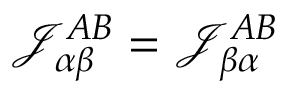
\mathcal { J } _ { \alpha \beta } ^ { A B } = \mathcal { J } _ { \beta \alpha } ^ { A B }